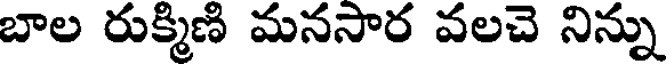
బాల రుక్మిణి మనసార వలచె నిన్ను